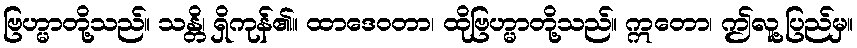
ဗြဟ္မာတို့သည်။ သန္တိ၊ ရှိကုန်၏။ ထာဒေဝတာ၊ ထိုဗြဟ္မာတို့သည်။ ဣတော၊ ဤလူ့ပြည်မှ။